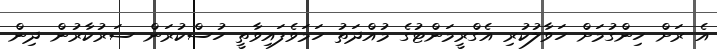
އެ ރަށް ހިންގުމަށް ހަވާލުކުރި އެގްރީމަންޓުގެ މުއްދަތު ހަމަވެފައިވާތީ ހުސްކުރަން ސަރުކާރުން ދިން